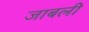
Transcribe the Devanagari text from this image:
जाबली